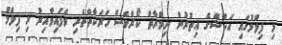
މި ފިލްމުގައި އަކްޝޭގެ އިތުރުން ނިމްރާތު ކޯރްވެސް ހަރަކާތްތެރި ވެފައިވާއިރު މި ފިލްމު